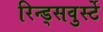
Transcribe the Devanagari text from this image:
रिन्ड्सवुर्स्टे